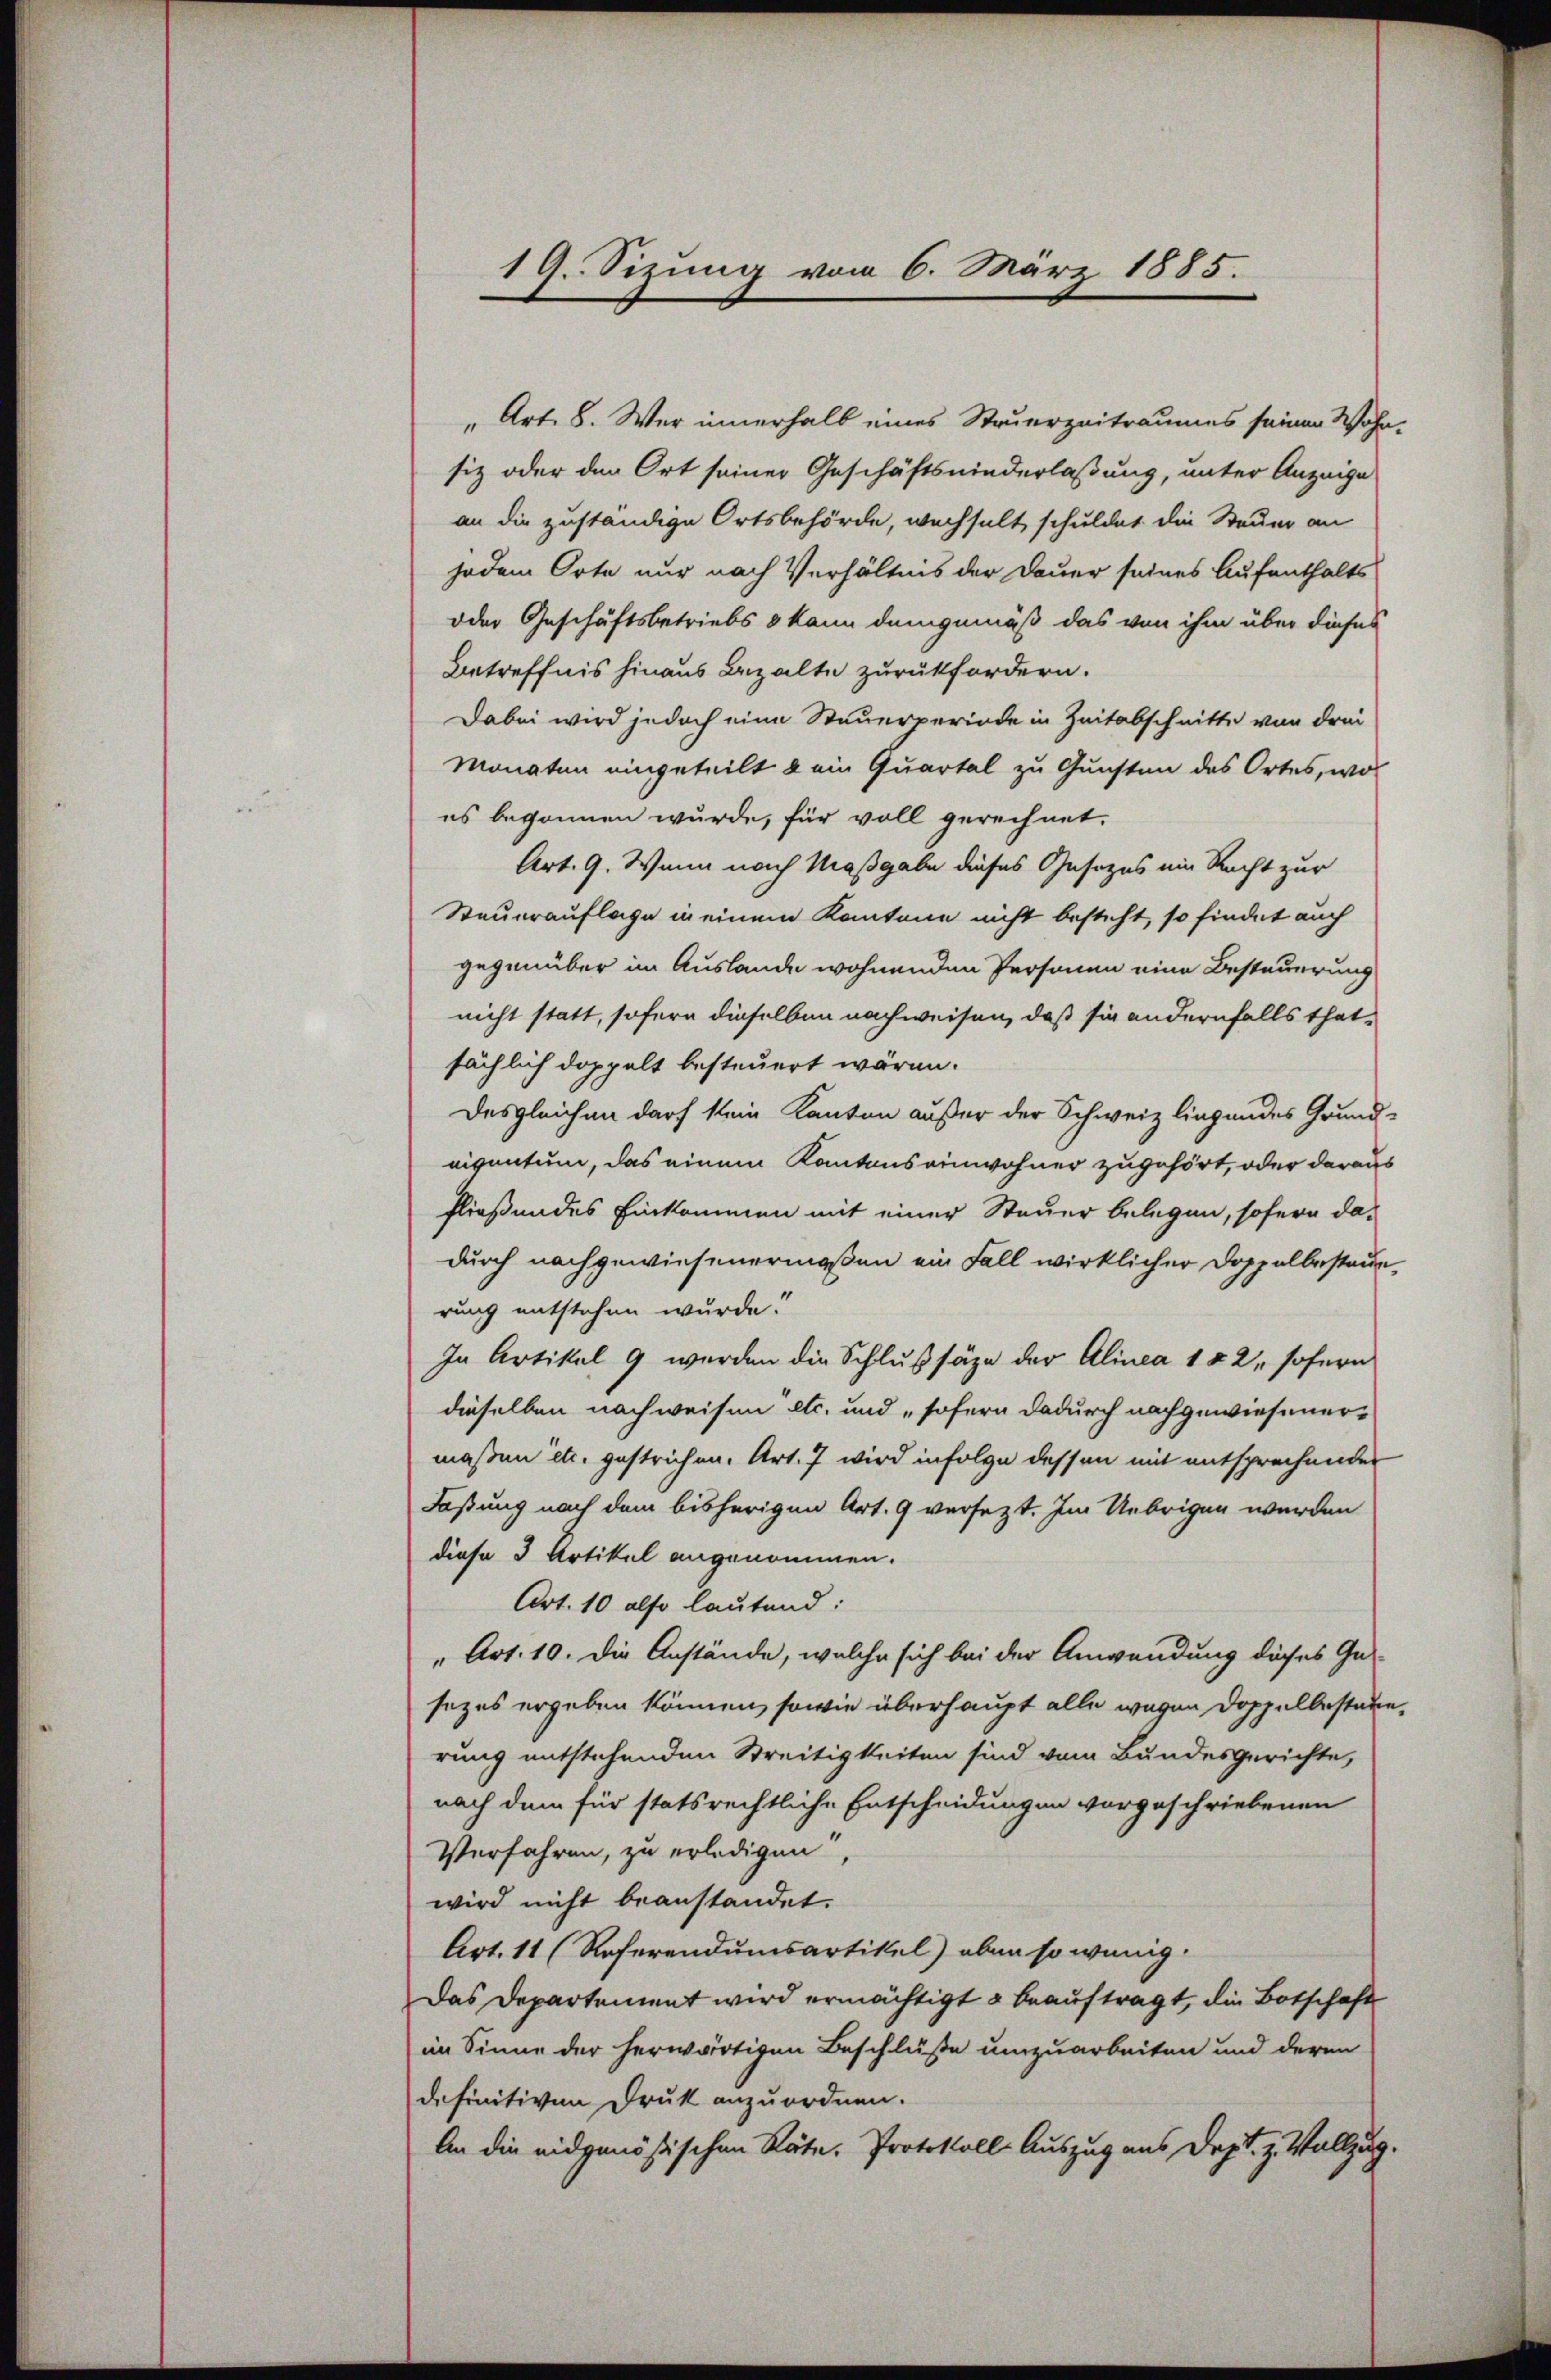
19. Sizung vom 6. März 1885.

" Art. 8. Wer innerhalb eines Steuerzeitraumes seinen Wohn-
siz oder den Ort seiner Geschäftsniederlaßung, unter Anzeige
an die zuständige Ortsbehörde, wechselt schuldet die Steuer an
jedem Orte nur nach Verhältnis der Dauer seines Aufenthalts
oder Geschäftsbetriebs & kann demgemäß das von ihm über dieses
Betreffnis hinaus Bezalte zurückfordern.
Dabei wird jedoch eine Steuerperiode in Zeitabschnitte von drei
Monaten eingeteilt & ein Quartal zu Gunsten des Ortes, wo
es begonnen wurde, für voll gerechnet,
Art. 9. Wenn nach Maßgabe dieses Gesetzes ein Recht zur
Steuerauflage in einem Kantone nicht besteht, so findet auch
gegenüber im Auslande wohnenden Personen eine Besteuerung
nicht statt, sofern dieselben nachweisen, daß sie andernfalls thatsächlich doppelt besteuert wären.
Desgleichen darf kein Kanton außer der Schweiz liegendes Grundniventum, das einem Kantonseinwohner zugehört, oder daraus
fließendes Einkommen mit einer Steuer belegen, sofern dadurch nachgewiesenermaßen ein Fall wirklicher Doppelbestaun
rung entstehen wurde!
In Artikel 9 werden die Schlußsäze der Alinea 1 § 2, sofern
dieselben nachweisen etc. und „sofern dadurch nachgewiesenermaßen etc. gestrichen. Art. 7 wird infolge dessen mit entsprechender
Faßung nach dem bisherigen Art. 9 versezt. Im Uebrigen werden
diese 3 Artikel angenommen.
Art. 10 also lautend:
" Art. 10. Die Anstände, welche sich bei der Anwendung dieses Gesezes ergeben können, sowie überhaupt alle wegen Doppelbestate,
rung entstehenden Streitigkeiten sind vom Bundesgerichte,
nach dem für statsrechtliche Entscheidungen vorgeschriebenen
Verfahren, zu erledigen
wird nicht beanstandet.
Art. 11 (Roferendumsartikel) eben so wenig.
Das Departement wird ermächtigt & beauftragt, die Botschaft
im Sinne der herwärtigen Beschlüße umzuarbeiten und deren
definitiven Druk anzuordnen.
An die eidgenößischen Stäte. Protokoll-Auszug aus Dept. z. Vollzug.